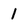
Character: 1